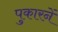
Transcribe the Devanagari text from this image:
पुकारनें